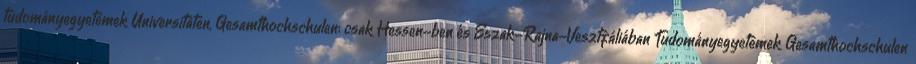
tudományegyetemek Universitäten, Gesamthochschulen: csak Hessen-ben és Észak-Rajna-Vesztfáliában Tudományegyetemek Gesamthochschulen